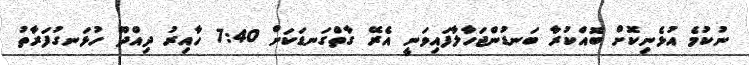
ނުކުމެ އުޅެނިކޮށް ބޮއްކުރާ ބަނޑުންޖަހާލާފައިވަނީ އެރޭ ގާތްގަނޑަކަށް 7:40 ހާއިރު ދިއްދޫ ހުޅަނގުފަރާތު